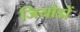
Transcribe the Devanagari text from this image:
जियोडों